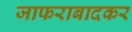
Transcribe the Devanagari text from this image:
जाफराबादकर